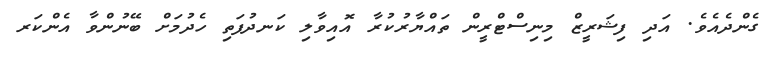
ގެންދެއެވެ. އަދި ފިޝަރީޒް މިނިސްޓްރީން ތައްޔާރުކުރާ އޮއިވާލި ކަނދުފަތި ހެދުމަށް ބޭނުންވާ އެންކަރ